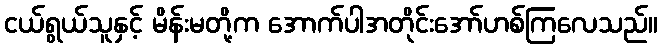
ငယ်ရွယ်သူနှင့် မိန်းမတို့က အောက်ပါအတိုင်းအော်ဟစ်ကြလေသည်။